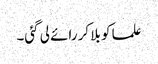
علما کو بلا کر رائے لی گئی۔